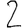
Digit: 2